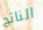
الناتج